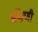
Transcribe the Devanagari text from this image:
प्रक्षिणी